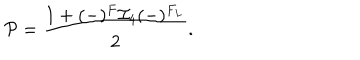
{ \cal P } = \frac { 1 + ( - ) ^ { F } { \cal I } _ { 4 } ( - ) ^ { F _ { L } } } { 2 } .